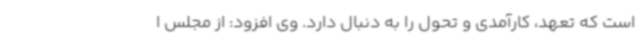
است که تعهد، کارآمدی و تحول را به دنبال دارد. وی افزود: از مجلس ا